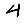
Digit: 4